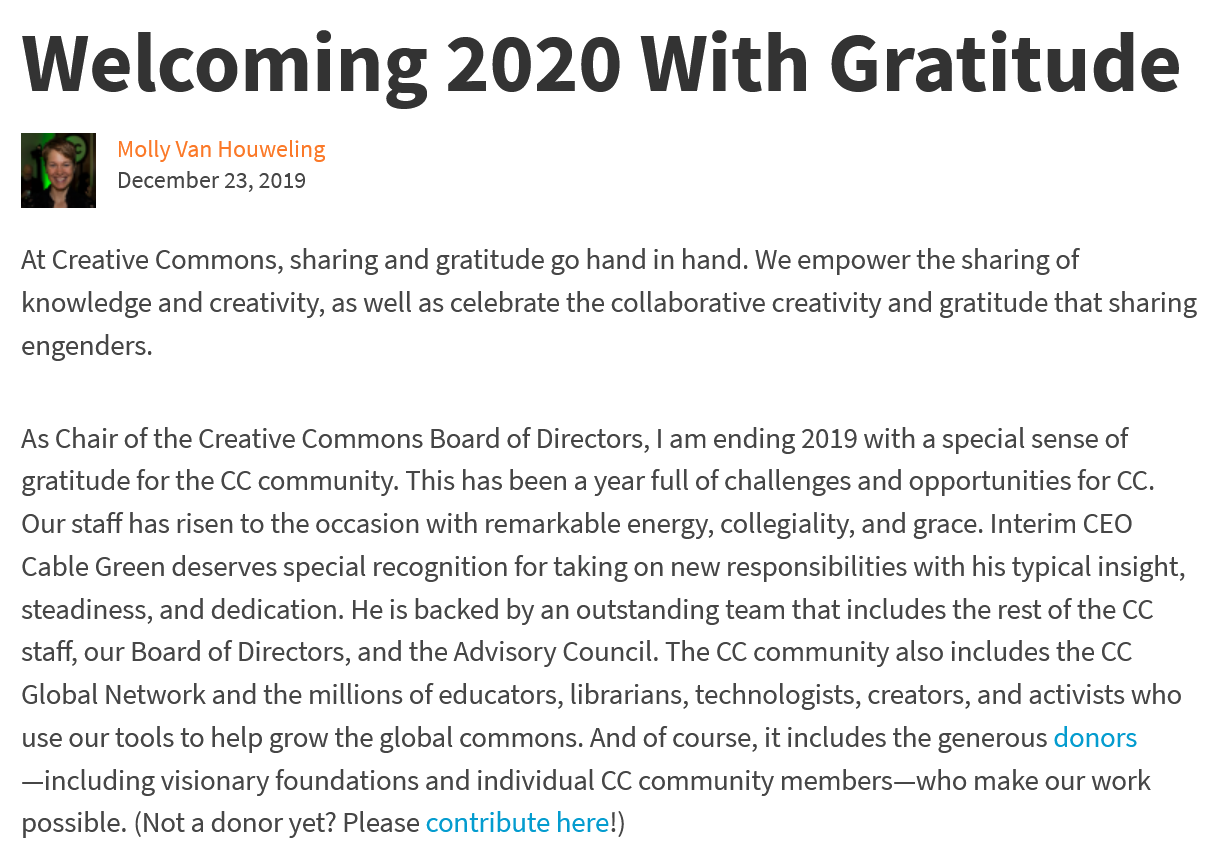
Welcoming    2020    With    Gratitude
     Molly Van Houweling
     December 23, 2019
  At Creative Commons, sharing and gratitude go hand in hand. We empower the sharing of
  knowledge  and creativity, as well as celebrate the collaborative creativity and gratitude that sharing
  engenders.
  As Chair of the Creative Commons Board of Directors, | am ending 2019 with a special sense of
  gratitude for the CC community. This has been a year full of challenges and opportunities for CC.
  Our staff has risen to the occasion with remarkable energy, collegiality, and grace. Interim CEO
  Cable Green deserves special recognition for taking on new responsibilities with his typical insight,
  steadiness, and dedication. He is backed by an outstanding team that includes the rest of the CC
  staff, our Board of Directors, and the Advisory Council. The CC community also includes the CC
  Global Network and the millions of educators, librarians, technologists, creators, and activists who
  use our tools to help grow the global commons. And of course, it includes the generous donors
  —including visionary foundations and individual CC community members—who make our work
  possible. (Not a donor yet? Please contribute here!)